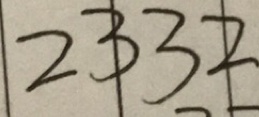
2 3 3 2